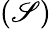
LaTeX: (\mathscr{S})